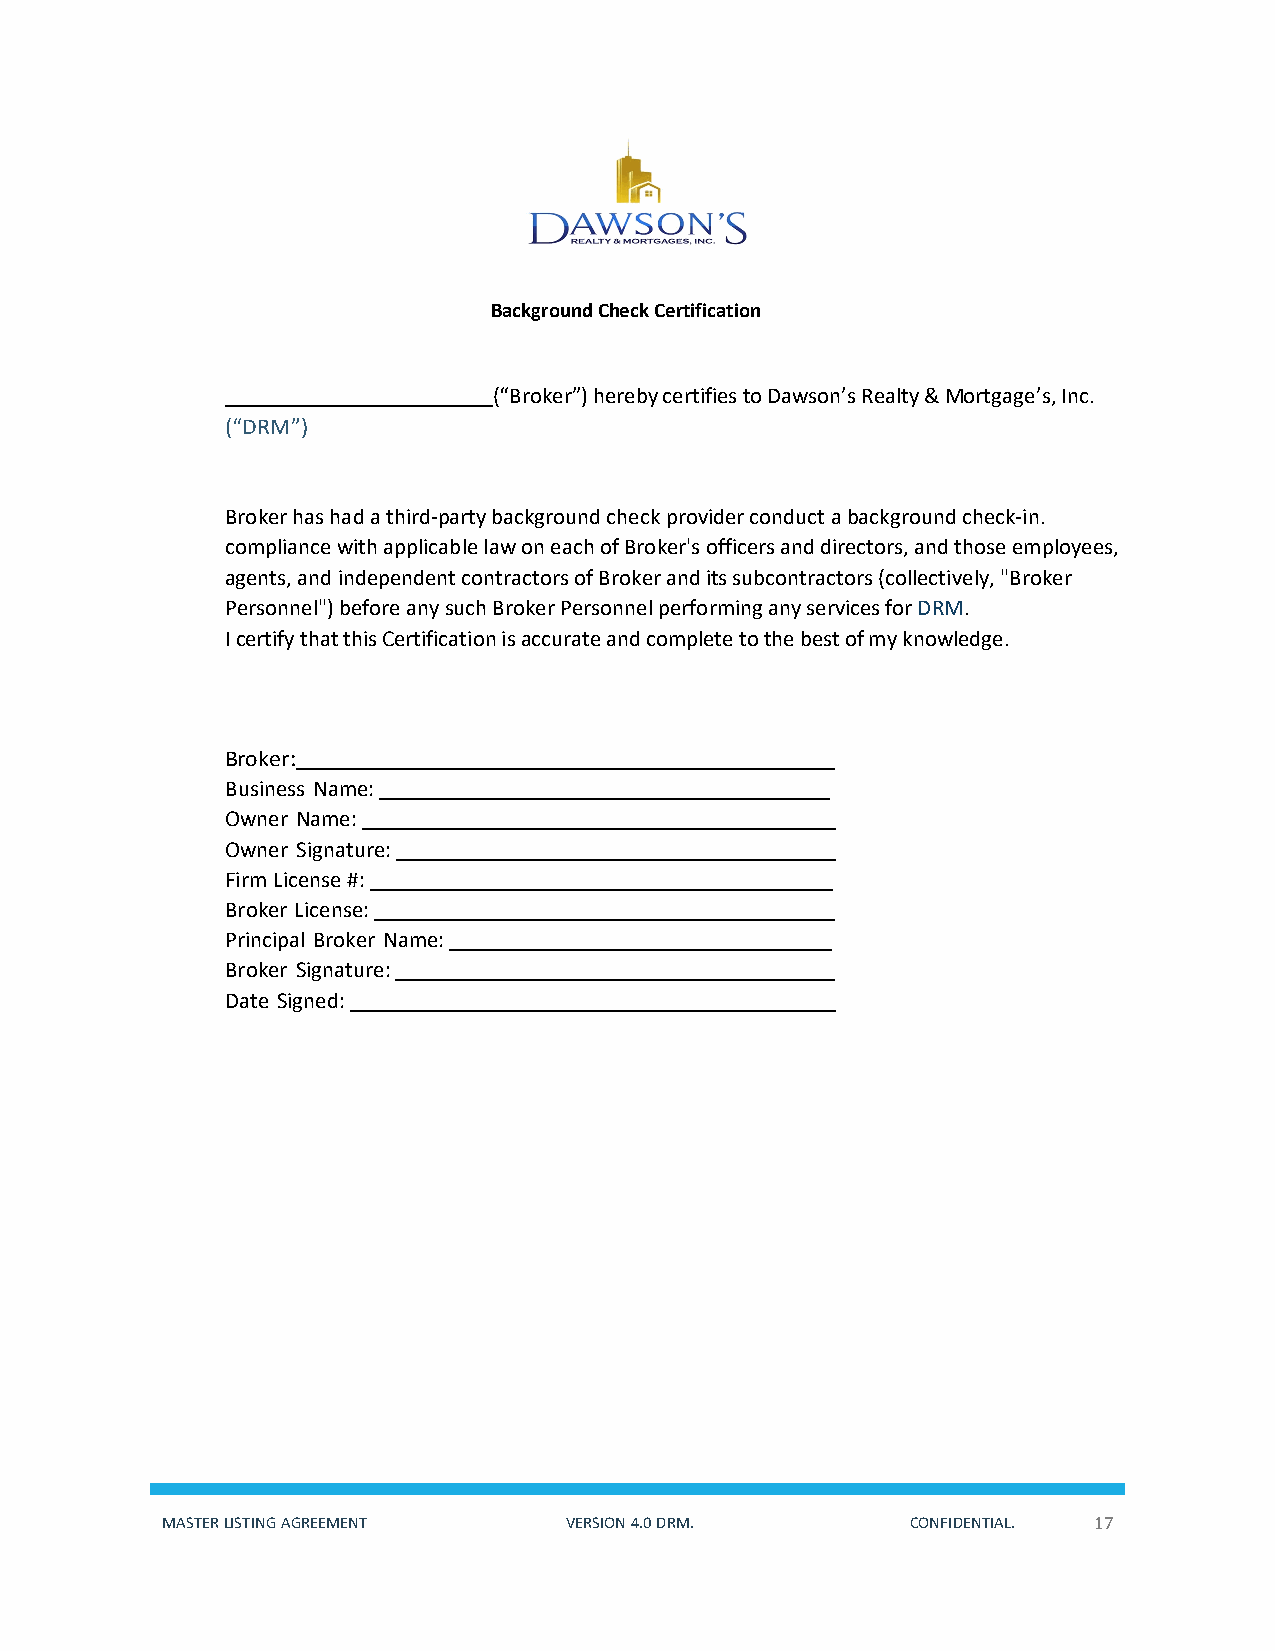
Background Check Certification
 (“Broker”) hereby certifies to Dawson’s Realty & Mortgage’s, Inc.
 (“DRM”)
 Broker has had a third-party background check provider conduct a background check-in.
 compliance with applicable law on each of Broker's officers and directors, and those employees,
 agents, and independent contractors of Broker and its subcontractors (collectively, "Broker
 Personnel") before any such Broker Personnel performing any services for DRM.
 I certify that this Certification is accurate and complete to the best of my knowledge.
 Broker:
 Business Name:
 Owner Name:
 Owner Signature:
 Firm License #:
 Broker License:
 Principal Broker Name:
 Broker Signature:
 Date Signed:
 MASTER LISTING AGREEMENT  VERSION 4.0 DRM.       CONFIDENTIAL. 17